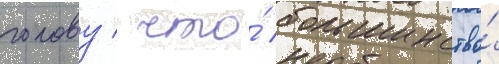
голову / что́ большинство́